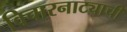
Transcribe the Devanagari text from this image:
विचारनाट्याची